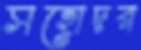
সহোদর